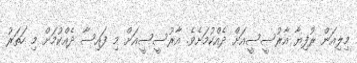
މިލިއަން ރުފިޔާ އާރުސީސީއަށް ދެއްކުމަށެވެ. އާރުސީސީއަށް މި ފައިސާ ދެއްކުމަށް މި ހަތަރު